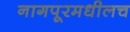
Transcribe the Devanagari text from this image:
नागपूरमधीलच